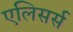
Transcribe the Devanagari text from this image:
एलिसर्स